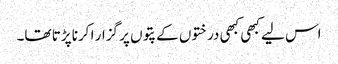
اس لیے کبھی کبھی درختوں کے پتوں پر گزار ا کرنا پڑتا تھا۔